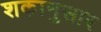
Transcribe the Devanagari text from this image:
शकानुसार